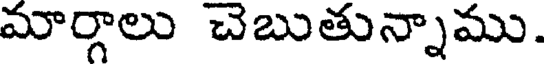
మార్గాలు చెబుతున్నాము.